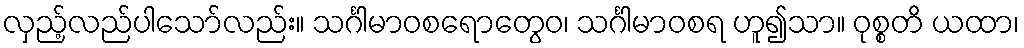
လှည့်လည်ပါသော်လည်း။ သင်္ဂါမာဝစရောတွေဝ၊ သင်္ဂါမာဝစရ ဟူ၍သာ။ ဝုစ္စတိ ယထာ၊